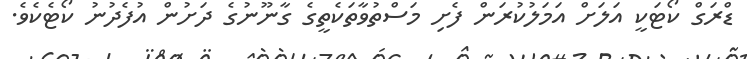
ޑްރަގް ކޯޓަކީ އަލަށް އަމަލުކުރަން ފެށި މަސްތުވާތަކެތީގެ ގާނޫނުގެ ދަށުން އުފެދުނު ކޯޓެކެވެ.